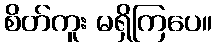
စိတ်ကူး မရှိကြပေ။